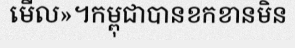
មើល»។កម្ពុជាបានខកខានមិន